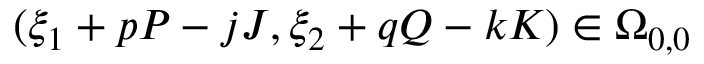
( \xi _ { 1 } + p P - j J , \xi _ { 2 } + q Q - k K ) \in \Omega _ { 0 , 0 }